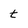
Character: t